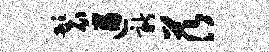
鬟遒新茨